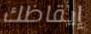
إيقاظك